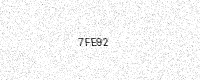
Text: 7FE92